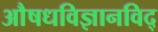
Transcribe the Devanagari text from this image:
अाैषधविज्ञानविद्